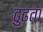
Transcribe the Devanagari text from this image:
ढुढता